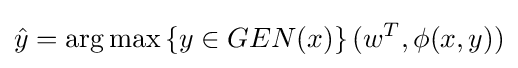
{\hat {y}}={\operatorname {arg\,max} }\,\{y\in GEN(x)\}\,(w^{T},\phi (x,y))